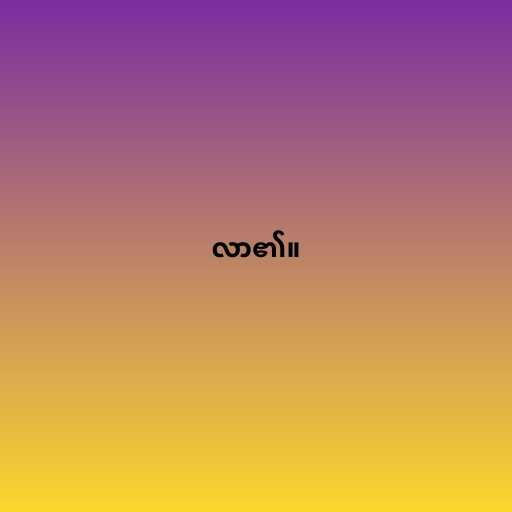
လာ၏။